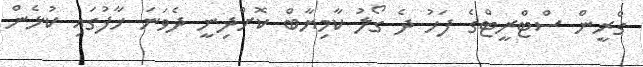
ގްރީން ސްޓްރީޓްގެ ފަހު ދެ ގޯލު ކާމިޔާބް ކޮށްދިނީ ދެވަނަ ހާފުގައި ކުޅެން